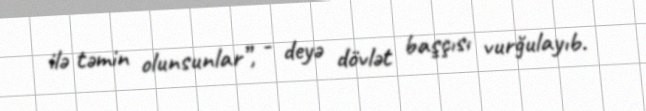
ilə təmin olunsunlar”, - deyə dövlət başçısı vurğulayıb.